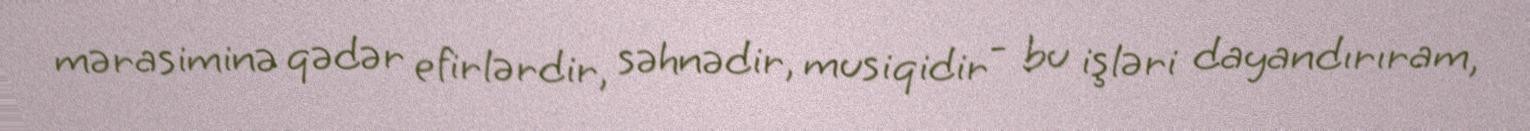
mərasiminə qədər efirlərdir, səhnədir, musiqidir - bu işləri dayandırıram,